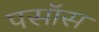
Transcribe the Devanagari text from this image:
पसॉस